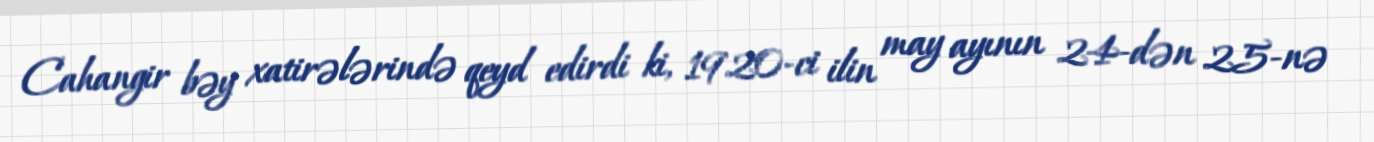
Cahangir bəy xatirələrində qeyd edirdi ki, 1920-ci ilin may ayının 24-dən 25-nə